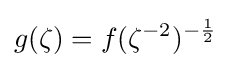
g(\zeta )=f(\zeta ^{-2})^{-{1 \over 2}}